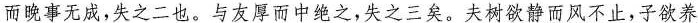
而晚事无成，失之二也。与友厚而中绝之，失之三矣。\underline{夫树欲静而风不止，子欲养}